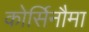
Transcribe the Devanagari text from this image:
कोर्सिनौमा